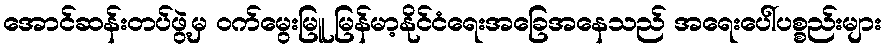
အောင်ဆန်းတပ်ဖွဲ့မှ ဝက်မွေးမြူ မြန်မာ့နိုင်ငံရေးအခြေအနေသည် အရေးပေါ်ပစ္စည်းများ